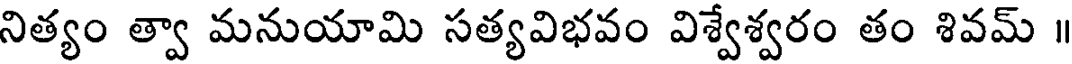
నిత్యం త్వా మనుయామి సత్యవిభవం విశ్వేశ్వరం తం శివమ్ ।